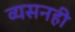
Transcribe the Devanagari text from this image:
व्यसनही